Civil Veterinary Department Bihar reports 1940-50 - 1940-1950
Year: 1940
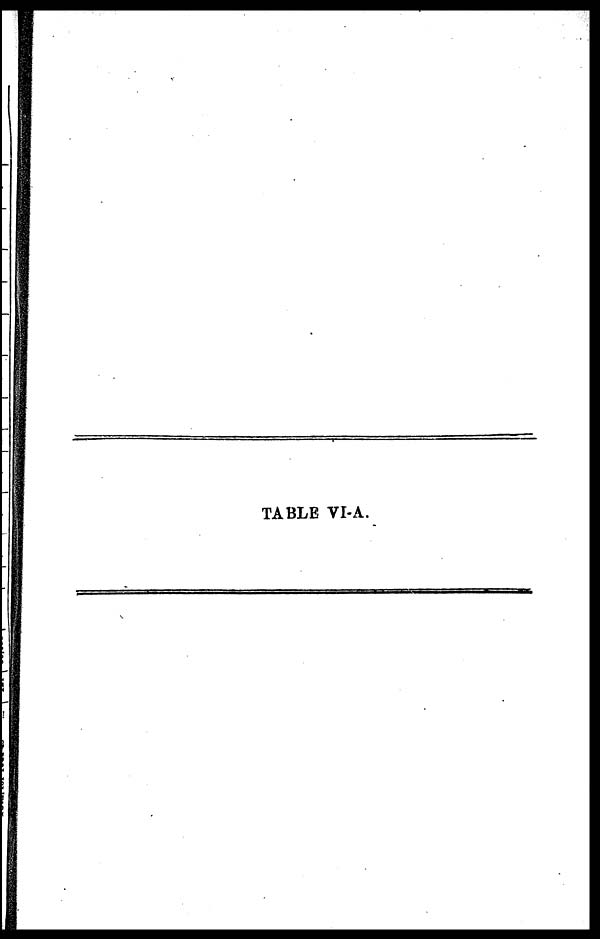
TABLE VI-A.